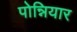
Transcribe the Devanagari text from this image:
पोन्नियार